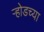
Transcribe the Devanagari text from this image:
ऱ्होडच्या